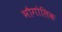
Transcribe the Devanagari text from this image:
भौगोलिक